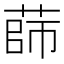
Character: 𦴫